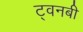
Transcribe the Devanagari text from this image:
ट्वनबी